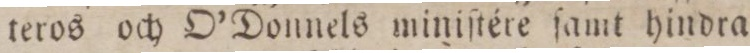
teros och O’Donnels miniſtére ſamt hindra